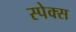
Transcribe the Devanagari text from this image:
स्पेक्स